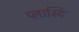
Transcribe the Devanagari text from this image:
प्लास्टि